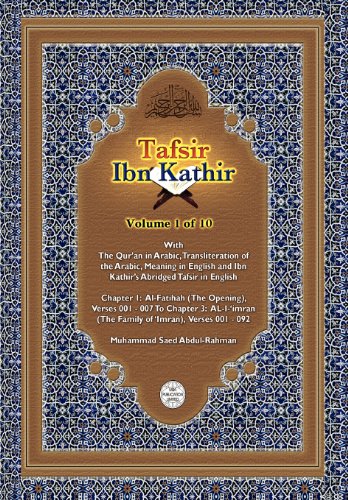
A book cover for Tafsir Ibn Kathir Volume 1 0f 10; Muhammad Saed Abdul-Rahman; Law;